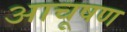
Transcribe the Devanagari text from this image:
आचूषण